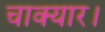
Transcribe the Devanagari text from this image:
चाक्यार।